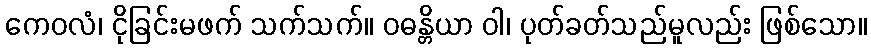
ကေဝလံ၊ ငိုခြင်းမဖက် သက်သက်။ ဝဓန္တိယာ ဝါ၊ ပုတ်ခတ်သည်မူလည်း ဖြစ်သော။